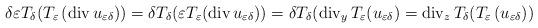
LaTeX: \begin{align*}\delta\varepsilon T_{\delta}(T_{\varepsilon}\left( \operatorname{div}u_{\varepsilon\delta}\right) )=\delta T_{\delta}(\varepsilon T_{\varepsilon}(\operatorname{div}u_{\varepsilon\delta}))=\delta T_{\delta}(\operatorname{div}_{y}T_{\varepsilon}(u_{\varepsilon\delta})=\operatorname{div}_{z}T_{\delta}(T_{\varepsilon}\left( u_{\varepsilon\delta}\right) )\end{align*}